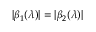
| \beta _ { 1 } ( \lambda ) | = | \beta _ { 2 } ( \lambda ) |